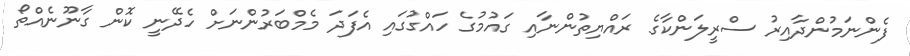
ފެންނަމުންދާއިރު ސްރީލަންކާގެ ރައްޔިތުންނާއި ގައުމުގެ ހައްގުގައި އެފަދަ މެމްބަރުންނަށް ހެދޭނީ ކޮން ގާނޫނެއްތޯ